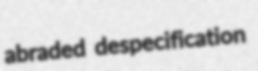
abraded despecification